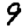
Digit: 9